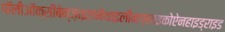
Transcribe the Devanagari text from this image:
पॉलीऑक्सीबेन्ज़ाइलमेथाइलीनग्लाइकोऐनहाइड्राइड